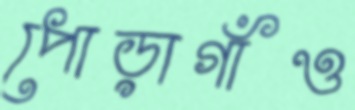
পোড়াগাঁও